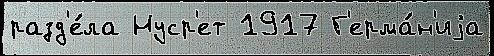
разд'е́ла Нуср'ет 1917 Г'ерма́н'иjа